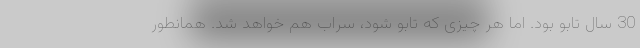
30 سال تابو بود. اما هر چیزی که تابو شود، سراب هم خواهد شد. همانطور